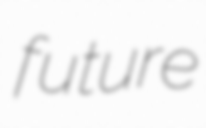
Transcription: future